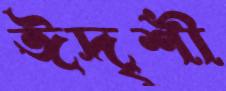
ঈদৃশী